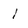
Character: 1